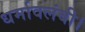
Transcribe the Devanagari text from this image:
धर्मावलंबी।